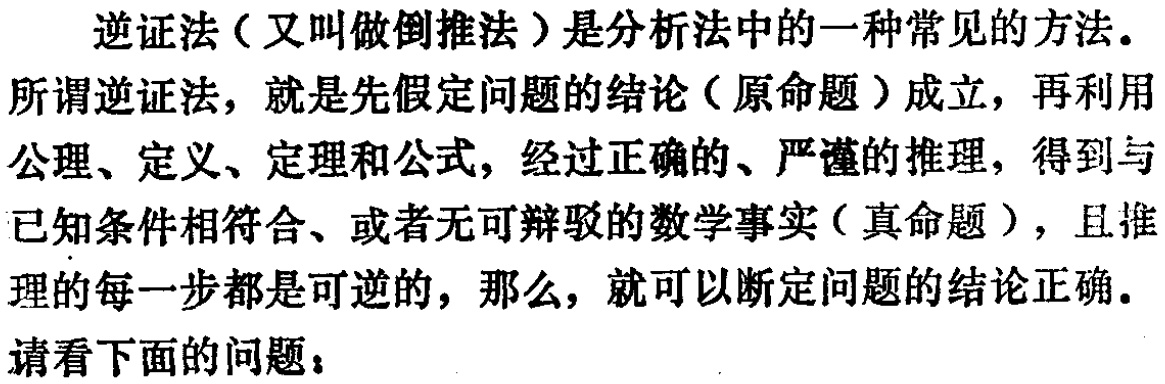
逆证法（又叫做倒推法）是分析法中的一种常见的方法。
所谓逆证法，就是先假定问题的结论（原命题）成立，再利用
公理、定义、定理和公式，经过正确的、严谨的推理，得到与
已知条件相符合、或者无可辩驳的数学事实（真命题），且推
理的每一步都是可逆的，那么，就可以断定问题的结论正确。
请看下面的问题：